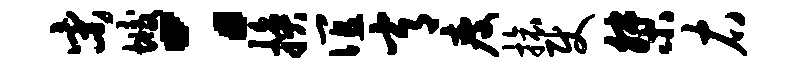
宋垢：换谊常瘦旅使桀右